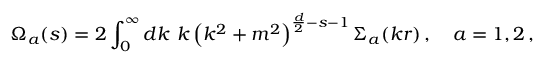
\Omega _ { a } ( s ) = 2 \int _ { 0 } ^ { \infty } d k \, \, k \left( k ^ { 2 } + m ^ { 2 } \right) ^ { \frac d 2 - s - 1 } { \Sigma } _ { a } ( k r ) \, , \quad a = 1 , 2 \, ,